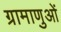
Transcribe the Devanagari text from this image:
ग्रामाणुओं